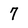
Character: 7